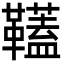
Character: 𩍰